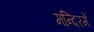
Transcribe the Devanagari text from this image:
मन्दिरमें